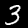
Label: 3